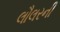
લૌલરની